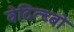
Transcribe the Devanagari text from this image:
वेदित्ब्बो